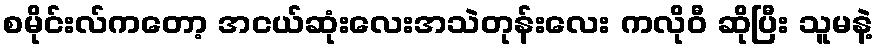
စမိုင်းလ်ကတော့ အငယ်ဆုံးလေးအသဲတုန်းလေး ကလိုဝီ ဆိုပြီး သူမနဲ့